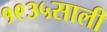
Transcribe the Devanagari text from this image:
१९३५साली